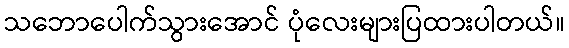
သဘောပေါက်သွားအောင် ပုံလေးများပြထားပါတယ်။